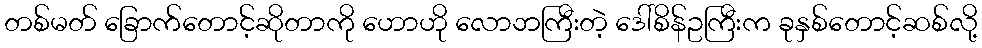
တစ်မတ် ခြောက်တောင့်ဆိုတာကို ဟောဟို လောဘကြီးတဲ့ ဒေါ်စိန်ဥကြီးက ခုနှစ်တောင့်ဆစ်လို့